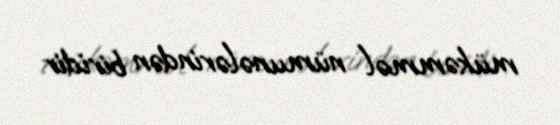
mükəmməl nümunələrindən biridir.